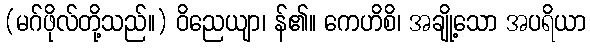
(မဂ်ဖိုလ်တို့သည်။) ဝိညေယျာ၊ န်၏။ ကေဟိစိ၊ အချို့သော အပရိယာ